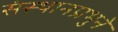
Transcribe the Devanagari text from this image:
संस्थानप्रभुने